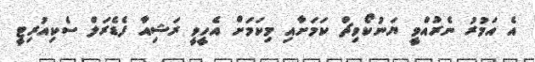
އެ އަމުރު ނެރުއްވީ ޔަނުކޯވިޗް ކަމަށާއި މިކަމަށް އެހީވީ ރަޝިއާ ފެޑެރަލް ސެކިއުރިޓީ